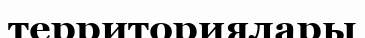
территориялары